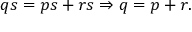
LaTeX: q s = p s + r s \Rightarrow q = p + r .